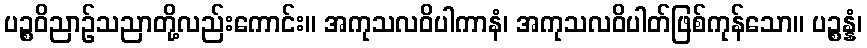
ပဉ္စဝိညာဉ်သညာတို့လည်းကောင်း။ အကုသလဝိပါကာနံ၊ အကုသလဝိပါတ်ဖြစ်ကုန်သော။ ပဉ္စန္နံ၊